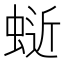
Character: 𫋅